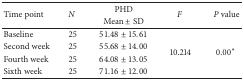
| <ROWSPAN=2> Time point | <ROWSPAN=2> N | PHD | <ROWSPAN=2> F | <ROWSPAN=2> P value |
 | Mean ± SD |
 | --- | --- | --- | --- | --- |
 | Baseline | 25 | 51.48 ± 15.61 | <ROWSPAN=4> 10.214 | <ROWSPAN=4> 0.00* |
 | Second week | 25 | 55.68 ± 14.00 |
 | Fourth week | 25 | 64.08 ± 13.05 |
 | Sixth week | 25 | 71.16 ± 12.00 |